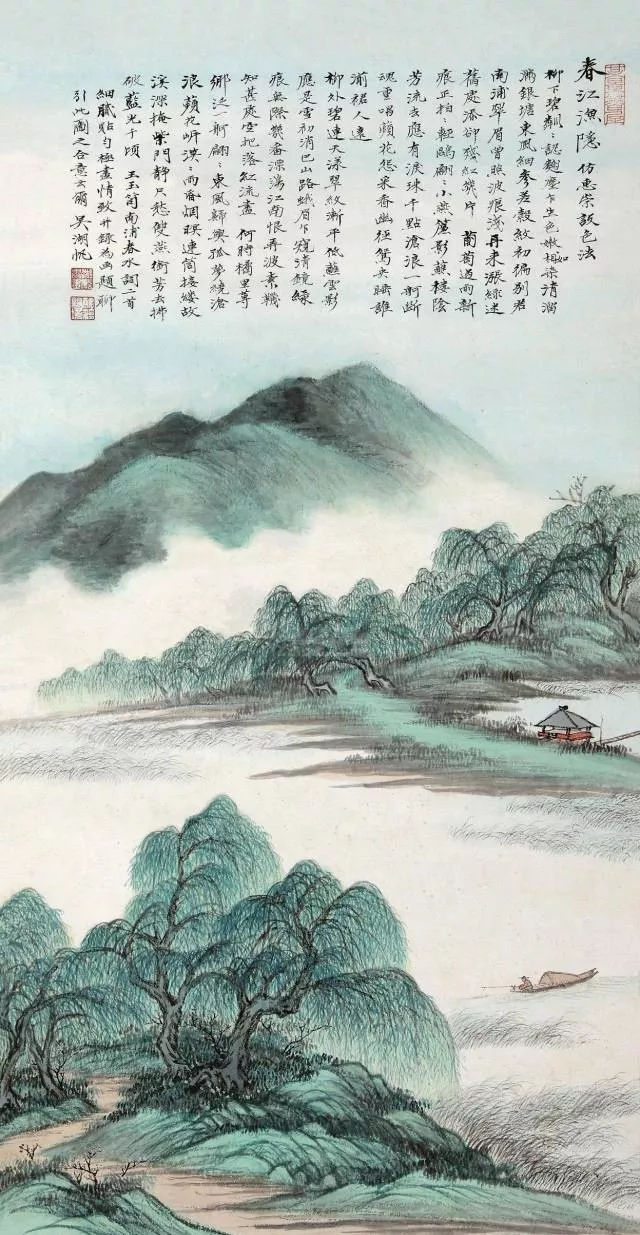
小舟横截春江，卧看翠壁红楼起。